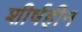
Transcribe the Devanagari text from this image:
शीर्षहीन